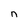
Character: n